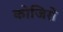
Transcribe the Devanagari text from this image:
कोजिरो